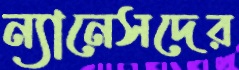
ন্যানেসদের